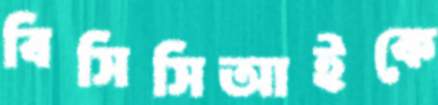
বিসিসিআইকে